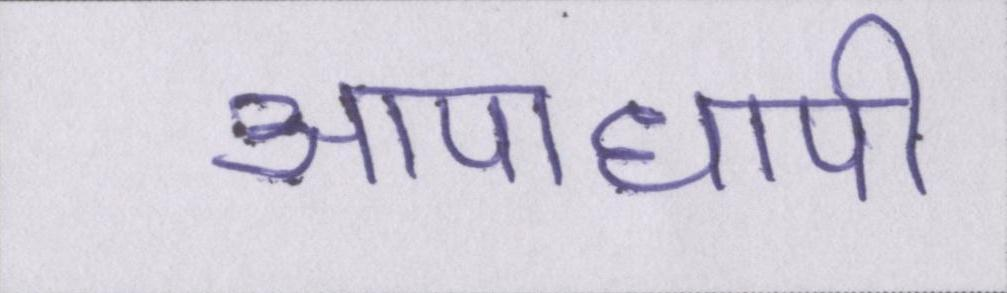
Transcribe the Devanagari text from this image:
आपाधापी